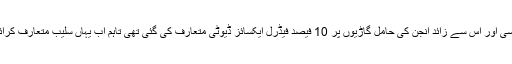
1700 سی سی اور اس سے زائد انجن کی حامل گاڑیوں پر 10 فیصد فیڈرل ایکسائز ڈیوٹی متعارف کی گئی تھی تاہم اب یہاں سلیب متعارف کرائے گئے ہیں۔